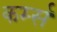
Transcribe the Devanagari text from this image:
कर्म्स